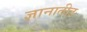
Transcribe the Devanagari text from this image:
ज्ञानातीत